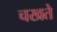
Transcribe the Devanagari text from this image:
चखते